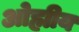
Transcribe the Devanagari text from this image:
ओह्मीय